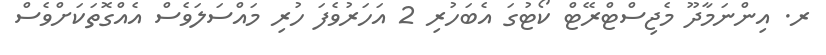
ރ. އިންނަމާދޫ މެޖިސްޓްރޭޓް ކޯޓުގަ އެބަހުރި 2 އަހަރުވެފަ ހުރި މައްސަލަވެސް އެއްގޮތަކަށްވެސް